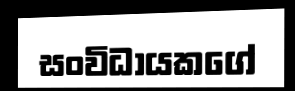
සංවිධායකගේ